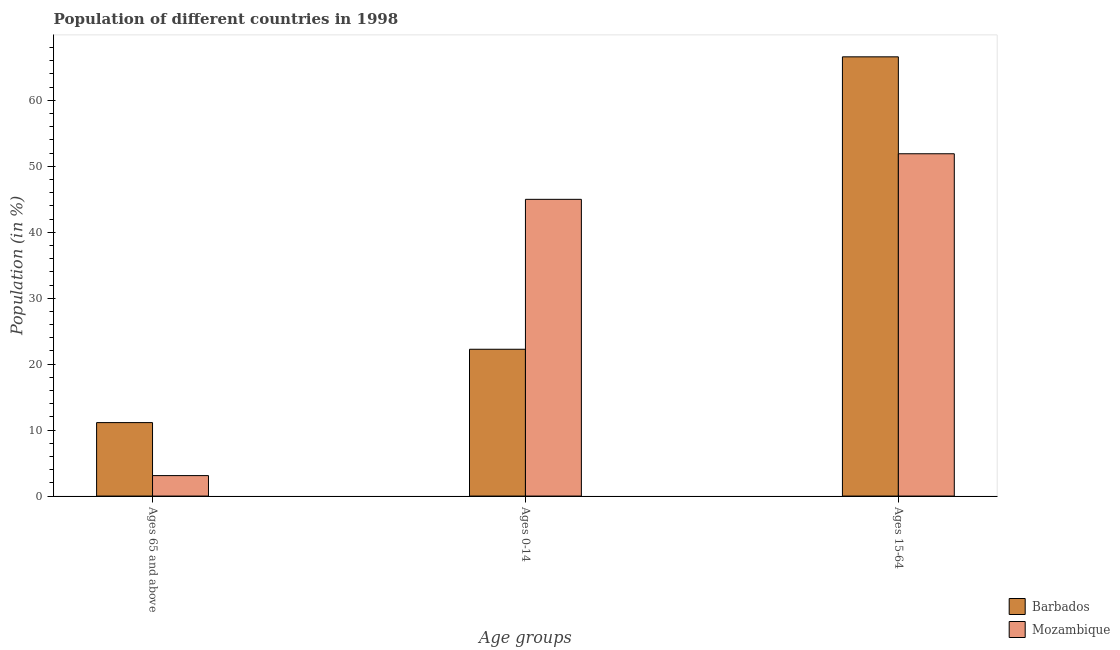
| Age groups | Barbados | Mozambique |
 | --- | --- | --- |
 | Ages 65 and above | 11.1 | 3.1 |
 | Ages 0-14 | 22.3 | 45 |
 | Ages 15-64 | 66.6 | 51.9 |